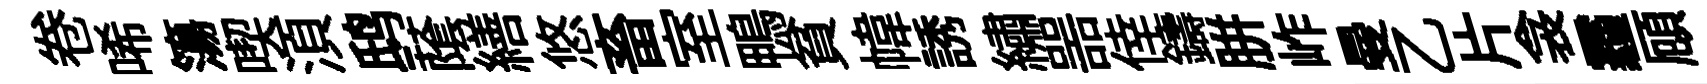
卷唏簜喫湏鸱䕃繕悠畜室鴨貧幃誘繡噐倖鑄胼岞曼乙片衾霾頋